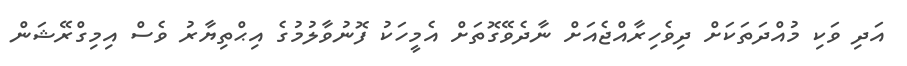
އަދި ވަކި މުއްދަތަކަށް ދިވެހިރާއްޖެއަށް ނާދެވޭގޮތަށް އެމީހަކު ފޮނުވާލުމުގެ އިޙްތިޔާރު ވެސް އިމިގްރޭޝަން